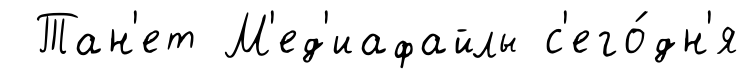
Тан'ет М'ед'иафайлы с'его́дн'я